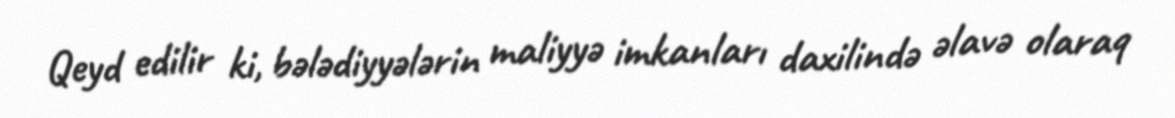
Qeyd edilir ki, bələdiyyələrin maliyyə imkanları daxilində əlavə olaraq